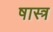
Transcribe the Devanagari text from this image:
षास्त्र